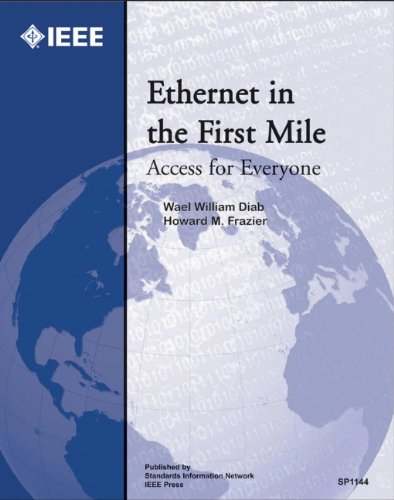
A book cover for Ethernet in the First Mile: Access for Everyone; Wael W. Diab; Law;